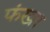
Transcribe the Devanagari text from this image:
फंखा